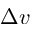
\Delta v